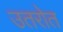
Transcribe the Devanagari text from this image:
उतरोत